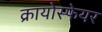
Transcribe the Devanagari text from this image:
क्रायोस्फेयर